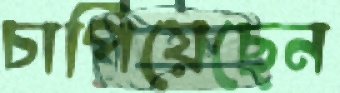
চাপিয়েছেন